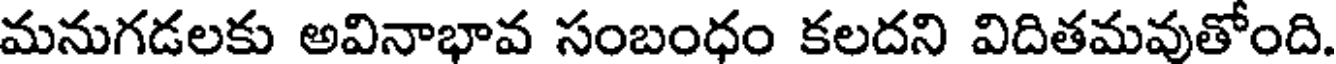
మనుగడలకు అవినాభావ సంబంధం కలదని విదితమవుతోంది.